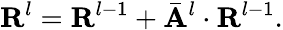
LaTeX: \mathbf{R}^{l}=\mathbf{R}^{l-1}+\bar{\mathbf{A}}^{l}\cdot\mathbf{R}^{l-1}.